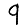
Digit: 9